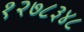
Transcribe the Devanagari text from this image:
१२७८३४८